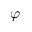
\varphi